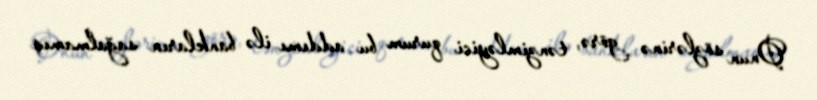
Onun sözlərinə görə, tənzimləyici qurum bu addımı ilə bankların sağalmamış